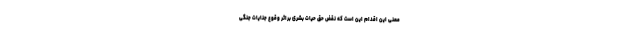
معنی این اقدام این است که نقض حق حیات بشری براثر وقوع جنایات جنگی